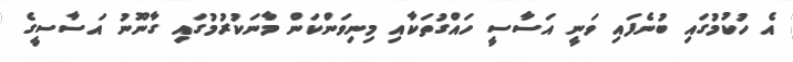
އެ ހުކުމުގައި ބުނެފައި ވަނީ އަސާސީ ހައްގުތަކާއި މިނިވަންކަން މާނަކުރުމުގައި ގާނޫނު އަސާސީގެ